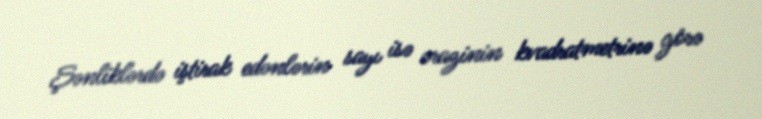
Şənliklərdə iştirak edənlərin sayı isə ərazinin kvadratmetrinə görə